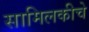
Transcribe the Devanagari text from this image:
सामिलकीचे